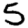
Digit: 5